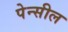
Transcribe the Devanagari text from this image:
पेन्सील